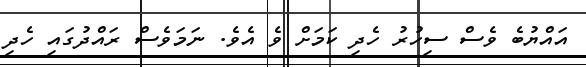
އައްޔުބެ ވެސް ސިހުރު ހެދި ކަމަށް ވެ އެވެ. ނަމަވެސް ރައްދުގައި ހެދި